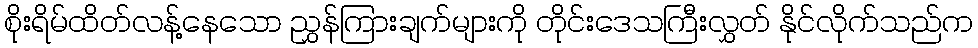
စိုးရိမ်ထိတ်လန့်နေသော ညွှန်ကြားချက်များကို တိုင်းဒေသကြီးလွှတ် နိုင်လိုက်သည်က